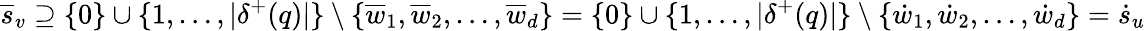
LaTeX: \overline{{s}}_{v}\supseteq\{ 0\} \cup\{ 1,\dots,|\delta^{+}(q)|\} \setminus\{ \overline{{w}}_{1},\overline{{w}}_{2},\dots,\overline{{w}}_{d}\} =\{ 0\} \cup\{ 1,\dots,|\delta^{+}(q)|\} \setminus\{ \dot{w}_{1},\dot{w}_{2},\dots,\dot{w}_{d}\} =\dot{s}_{u}